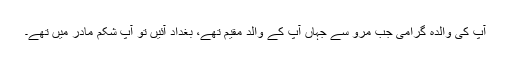
آپ کی والدہ گرامی جب مرو سے جہاں آپ کے والد مقیم تھے، بغداد آئیں تو آپ شکم مادر میں تھے۔